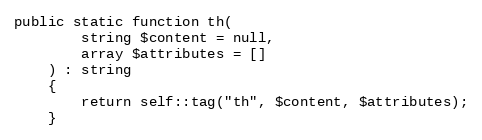
Language: PHP
public static function th(
        string $content = null,
        array $attributes = []
    ) : string
    {
        return self::tag("th", $content, $attributes);
    }